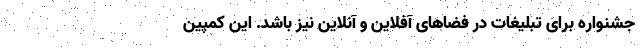
جشنواره برای تبلیغات در فضاهای آفلاین و آنلاین نیز باشد. این کمپین